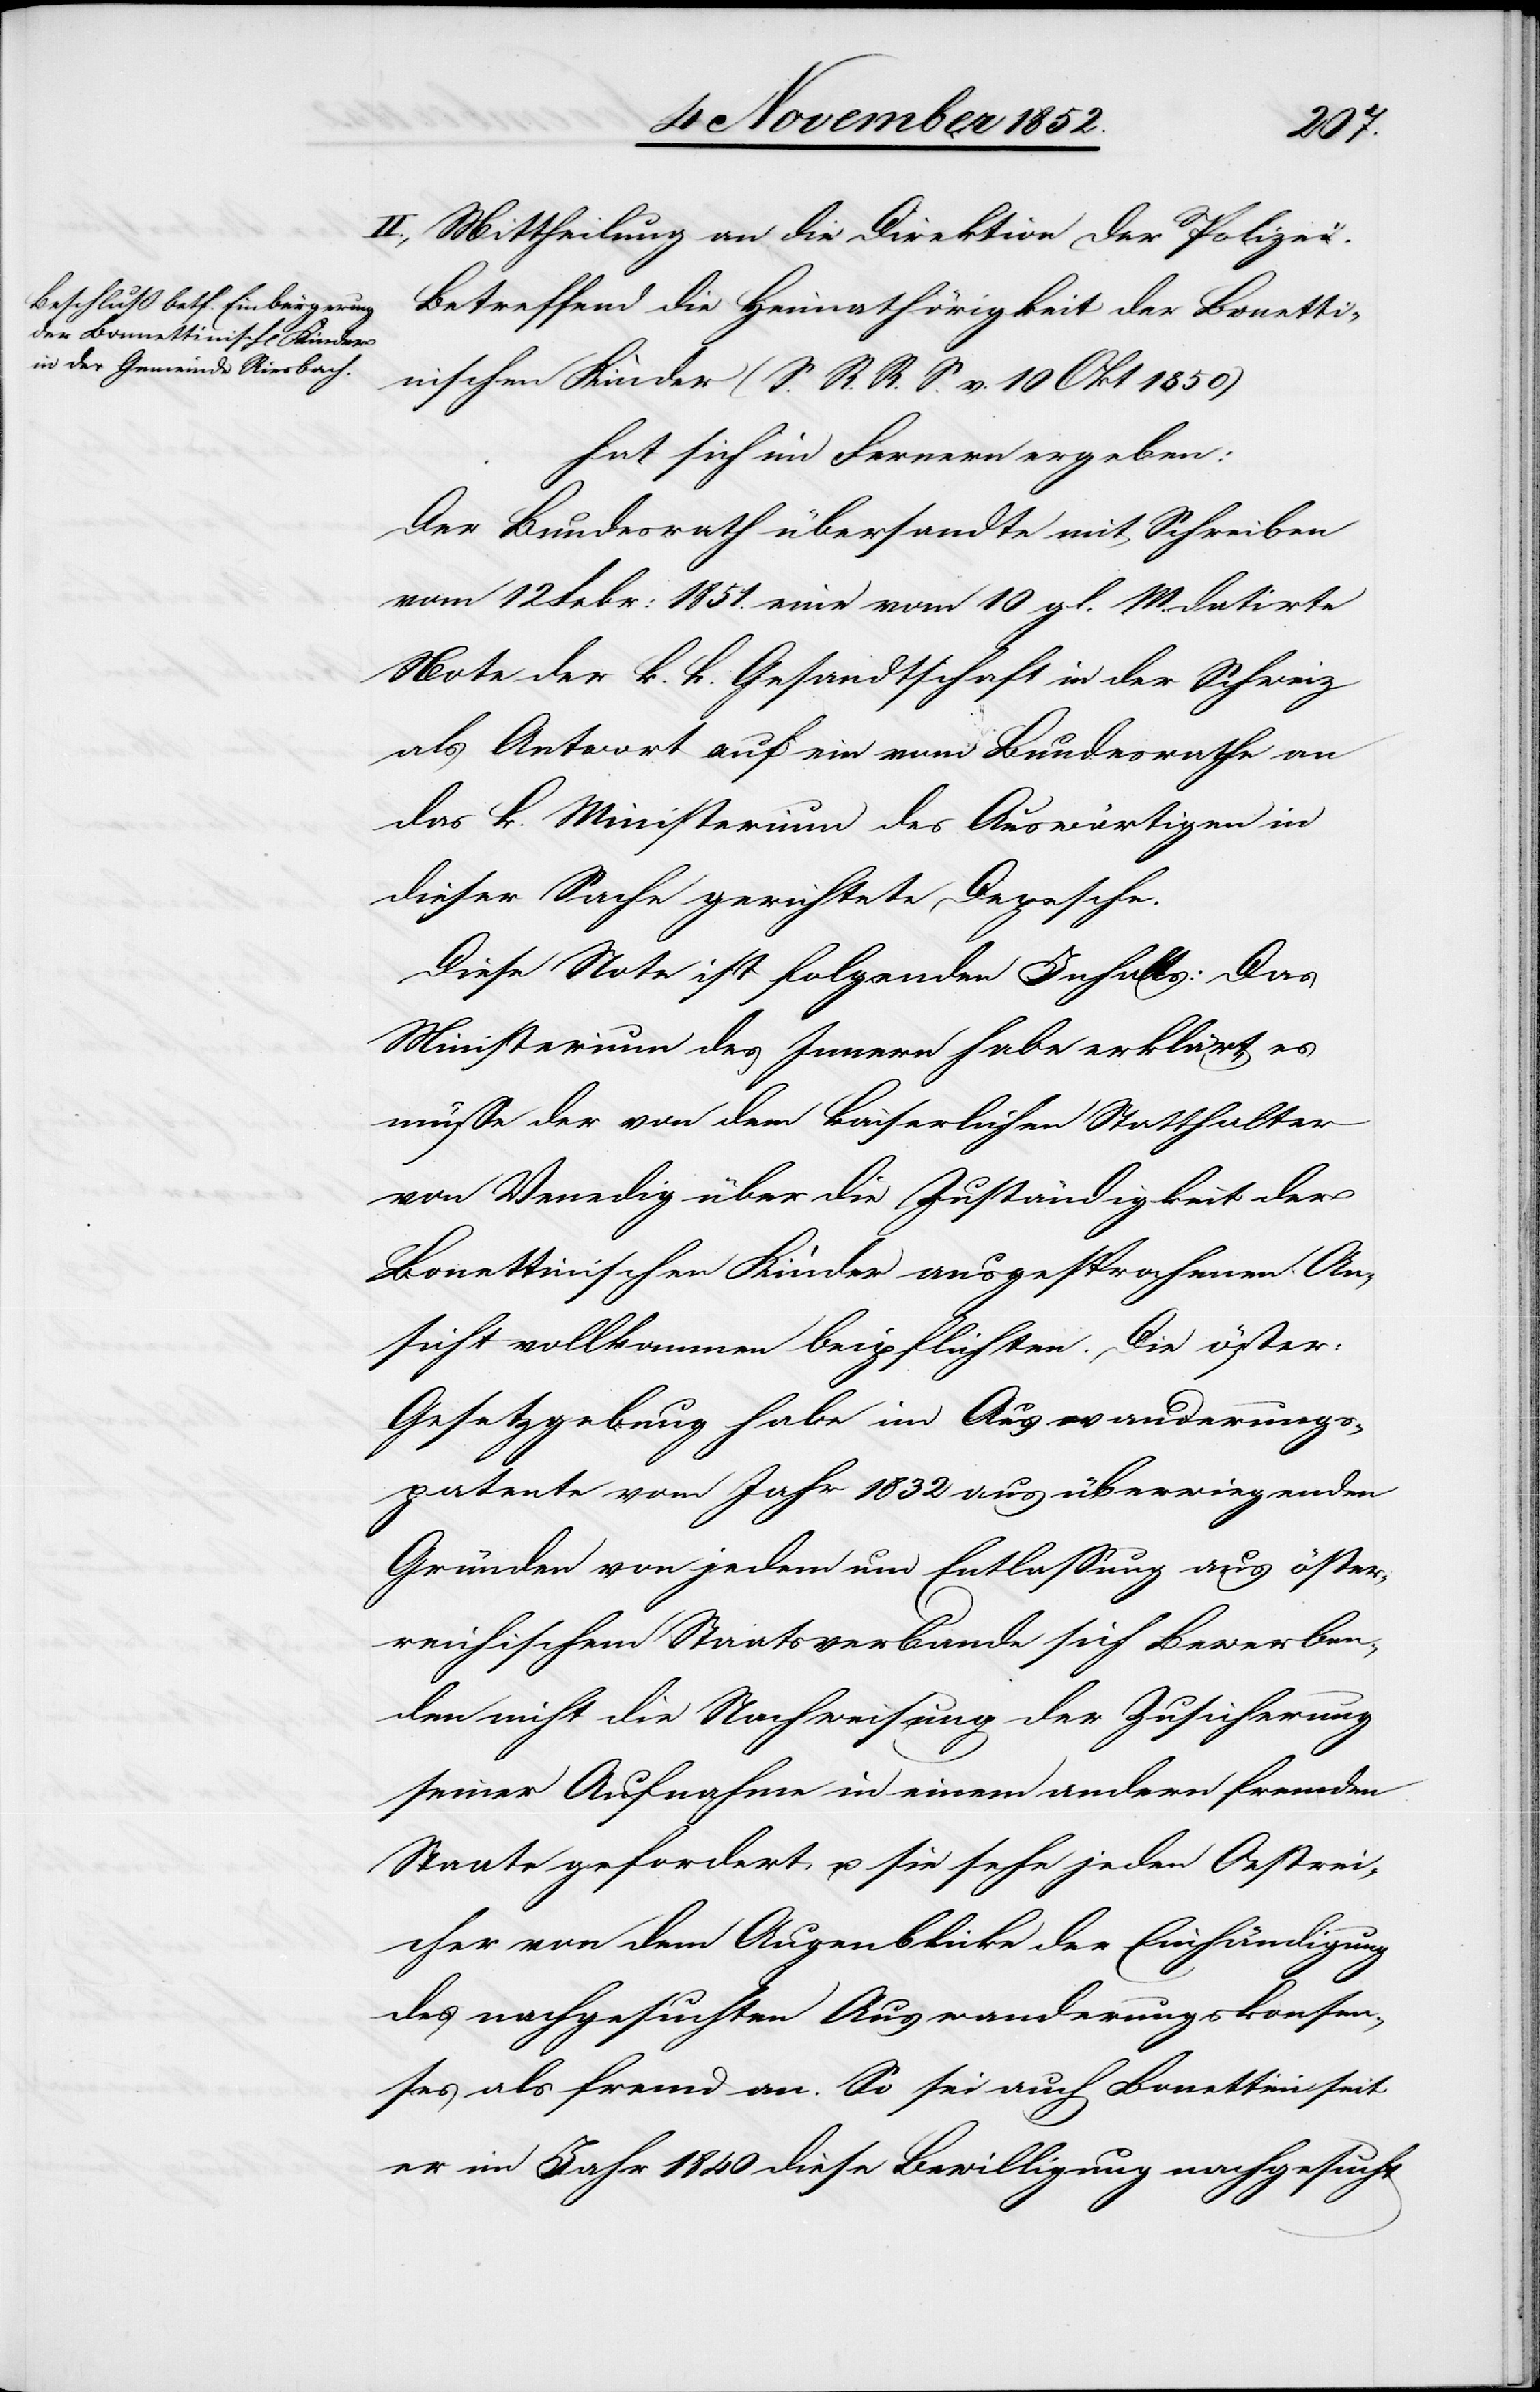
II., Mittheilung an die Direktion der Polizei.
Betreffend die Heimathörigkeit der Bonetti¬
nischen Kinder (S. R. R. S. v. 10 Okt 1850)
hat sich im Fernern ergeben:
Der Bundesrath übersandte mit Schreiben
vom 12 Febr: 1851. eine vom 10 gl. M. datirte
Note der k. k. Gesandtschaft in der Schweiz
als Antwort auf ein[e] vom Bundesrathe an
das k. Ministerium des Auswärtigen in
dieser Sache gerichtete Depesche.
Diese Note ist folgenden Inhalts: Das
Ministerium des Innern habe erklärt, es
müsse der von dem kaiserlichen Statthalter
von Venedig über die Zuständigkeit der
Bonettinischen Kinder ausgesprochenen An¬
sicht vollkommen beipflichten. Die öster:
Gesetzgebung habe im Auswanderungs¬
patente vom Jahr 1832 aus überwiegenden
Gründen von jedem um Entlassung aus öster¬
reichischem Staatsverbande sich Bewerben¬
den nicht die Nachweisung der Zusicherung
seiner Aufnahme in einem andern fremden
Staate gefordert, u. sie sehe jeden Oestrei¬
cher von dem Augenblicke der Einhändigung
des nachgesuchten Auswanderungskonsen¬
tes als fremd an. So sei auch Bonettini seit
er im Jahr 1840 diese Bewilligung nachgesucht